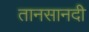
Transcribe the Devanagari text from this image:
तानसानदी